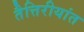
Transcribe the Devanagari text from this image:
तैत्तिरीयांत